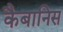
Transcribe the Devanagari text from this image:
कैबानिस